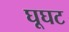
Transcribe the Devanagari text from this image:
घूघट